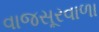
વાજસૂરવાળા